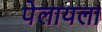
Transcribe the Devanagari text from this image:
पेलायला